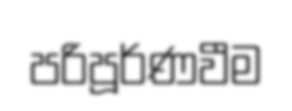
පරිපූර්ණවීම